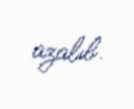
azalıb.